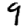
Digit: 9